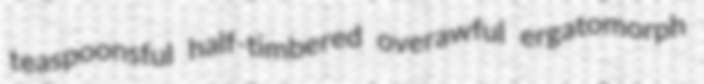
teaspoonsful half-timbered overawful ergatomorph